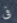
فى